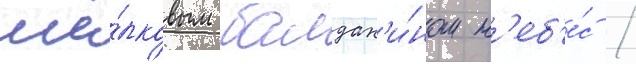
шё́лковым балдах'и́ном н'еб'е́с /